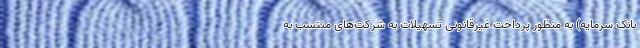
بانک سرمایه) به منظور پرداخت غیرقانونی تسهیلات به شرکت‌های منتسب به